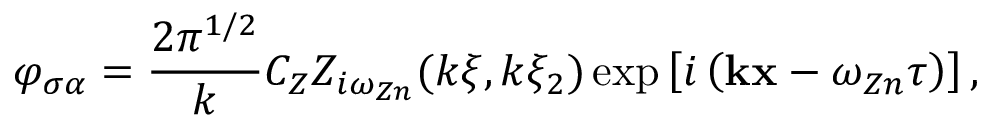
\varphi _ { \sigma \alpha } = \frac { 2 \pi ^ { 1 / 2 } } { k } C _ { Z } Z _ { i \omega _ { Z n } } ( k \xi , k \xi _ { 2 } ) \exp \left[ i \left( { \bf k x } - \omega _ { Z n } \tau \right) \right] ,